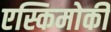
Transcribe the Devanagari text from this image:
एस्किमोकी